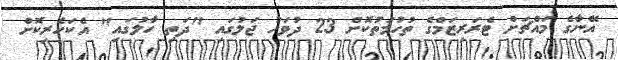
އޭނާގެ މައްޗަށް ޓެރަރިޒަމްގެ ތުހުމަތުކޮށް 23 ދުވަހު ޖަލުގައި "ދަތި ހާލުގައި" އެކަހެރިކޮށް